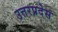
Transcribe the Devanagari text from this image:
उत्तरप्रदेस